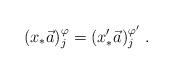
LaTeX: \begin{align*}(x_\ast\vec a)^\varphi_j = (x'_\ast\vec a)^{\varphi'}_j\ .\end{align*}